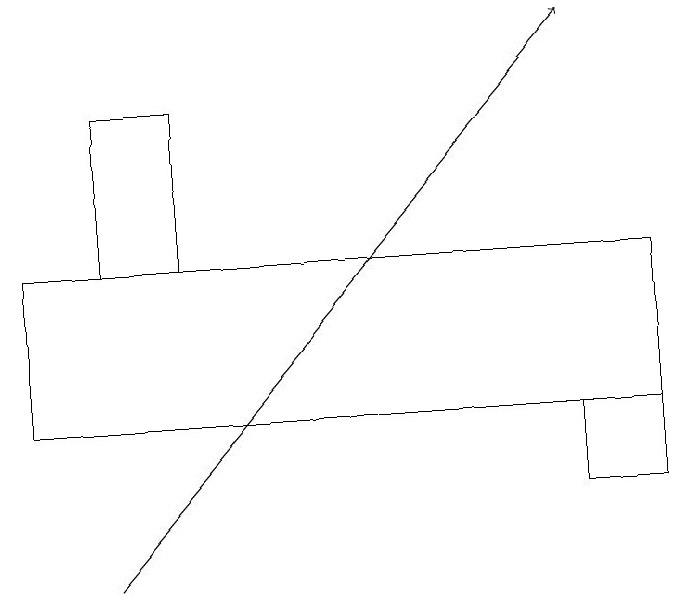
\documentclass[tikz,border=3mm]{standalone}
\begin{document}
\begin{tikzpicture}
\draw (8,14) rectangle (9,13);
\draw (9,16) rectangle (1,14);
\draw (3,16) rectangle (2,18);
\draw[->] (2,12) -- (8,19);
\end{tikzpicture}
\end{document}